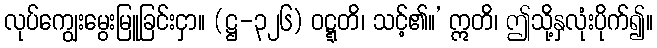
လုပ်ကျွေးမွေးမြူခြင်းငှာ။ (ဋ္ဌ-၃၂၆) ဝဋ္ဋတိ၊ သင့်၏။’ ဣတိ၊ ဤသို့နှလုံးပိုက်၍။